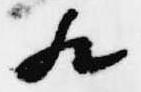
歟